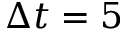
\Delta t = 5